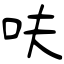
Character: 呋